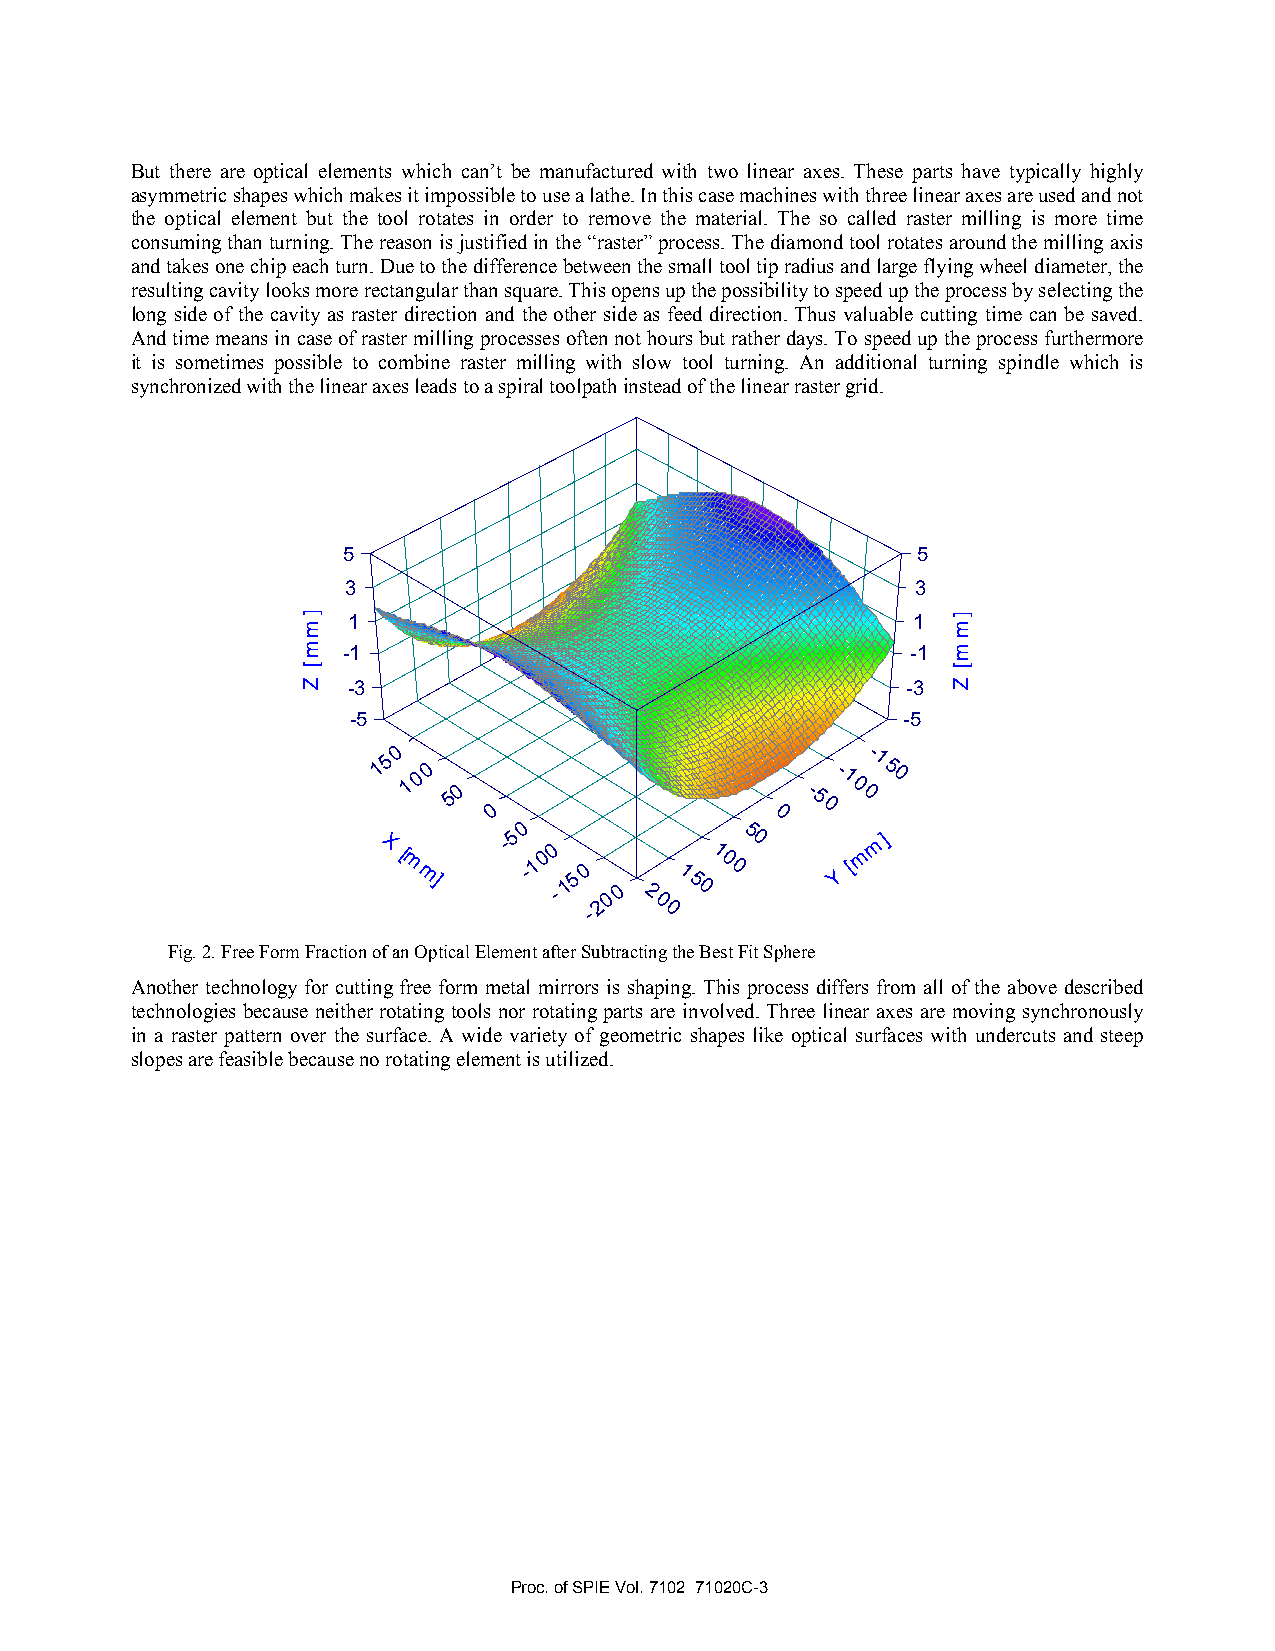
But there are optical elements which can’t be manufactured with two linear axes. These parts have typically highly
 asymmetric shapes which makes it impossible to use a lathe. In this case machines with three linear axes are used and not
 the optical element but the tool rotates in order to remove the material. The so called raster milling is more time
 consuming than turning. The reason is justified in the “raster” process. The diamond tool rotates around the milling axis
 and takes one chip each turn. Due to the difference between the small tool tip radius and large flying wheel diameter, the
 resulting cavity looks more rectangular than square. This opens up the possibility to speed up the process by selecting the
 long side of the cavity as raster direction and the other side as feed direction. Thus valuable cutting time can be saved.
 And time means in case of raster milling processes often not hours but rather days. To speed up the process furthermore
 it is sometimes possible to combine raster milling with slow tool turning. An additional turning spindle which is
 synchronized with the linear axes leads to a spiral toolpath instead of the linear raster grid.
 5                                     5
 3                                     3
 1                                    1
 -1                                   -1
 -3                                   -3
 -5                                   -5
 15 0
 1 0 0 50                  - 5- 1 0
 0- 1
 5 0
 0                     0
 0
 0
 X [ m m] -5 -1 00 -15 0
 20 0 2
 01 5 01 0 05 0 Y [m m ]
 -    0
 Fig. 2. Free Form Fraction of an Optical Element after Subtracting the Best Fit Sphere
 Another technology for cutting free form metal mirrors is shaping. This process differs from all of the above described
 technologies because neither rotating tools nor rotating parts are involved. Three linear axes are moving synchronously
 in a raster pattern over the surface. A wide variety of geometric shapes like optical surfaces with undercuts and steep
 slopes are feasible because no rotating element is utilized.
 Proc. of SPIE Vol. 7102 71020C-3
 ]mm[
 Z
 ]mm[
 Z